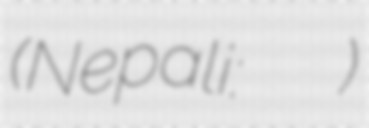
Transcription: (Nepali: हल्दीबारी गाउँपालिका)